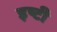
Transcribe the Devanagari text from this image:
इष्टी